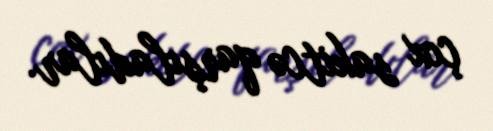
çox sakitcə qarşıladılar.